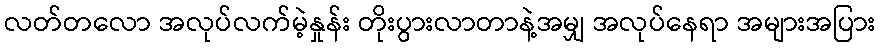
လတ်တလော အလုပ်လက်မဲ့နှုန်း တိုးပွားလာတာနဲ့အမျှ အလုပ်နေရာ အများအပြား